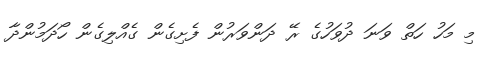
މި މަހު ހަތް ވަނަ ދުވަހުގެ ރޭ ދަންވަރުން ފެށިގެން ގެއްލިގެން ހޯދަމުންދާ